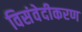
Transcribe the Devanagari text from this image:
विसंवेदीकरण